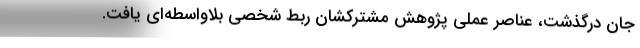
جان درگذشت، عناصر عملی پژوهش مشترکشان ربطِ شخصیِ بلاواسطه‌ای یافت.